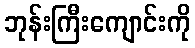
ဘုန်းကြီးကျောင်းကို